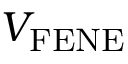
V _ { \mathrm { F E N E } }